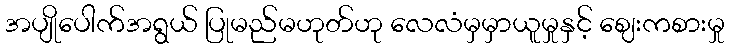
အပျိုပေါက်အရွယ် ပြုမည်မဟုတ်ဟု လေလံမှမှာယူမှုနှင့် ဈေးကစားမှု